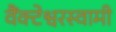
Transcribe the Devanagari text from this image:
वैंक्टेश्वरस्वामी